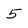
Character: 5